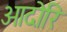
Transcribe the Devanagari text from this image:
ओदोरि